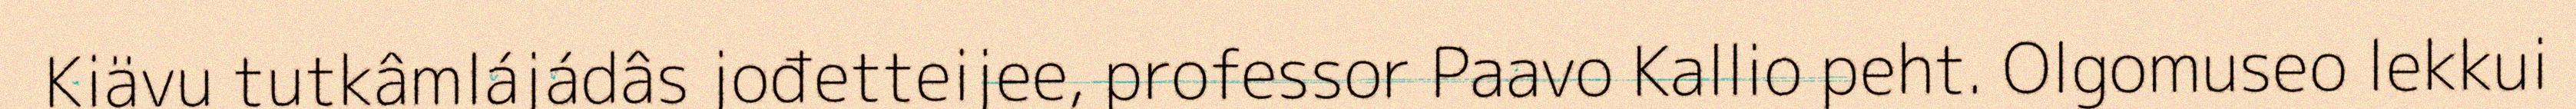
Kiävu tutkâmlájádâs jođetteijee, professor Paavo Kallio peht. Olgomuseo lekkui